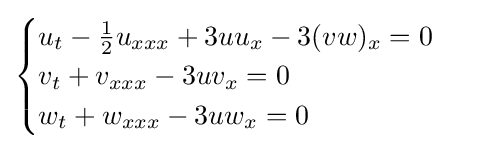
\displaystyle {\begin{cases}u_{t}-{\frac {1}{2}}u_{xxx}+3uu_{x}-3(vw)_{x}=0\\v_{t}+v_{xxx}-3uv_{x}=0\\w_{t}+w_{xxx}-3uw_{x}=0\end{cases}}